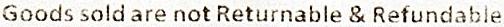
GOODS SOLD ARE NOT RETURNABLE & REFUNDABLE